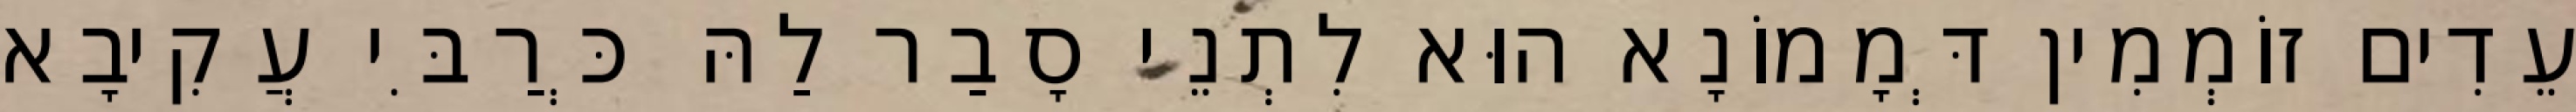
עֵדִים זוֹמְמִין דְּמָמוֹנָא הוּא לִתְנֵי סָבַר לַהּ כְּרַבִּי עֲקִיבָא